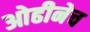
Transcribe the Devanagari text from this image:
ओढीनेच